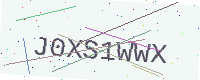
Text: J0XS1WWX